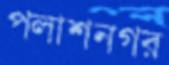
পলাশনগর